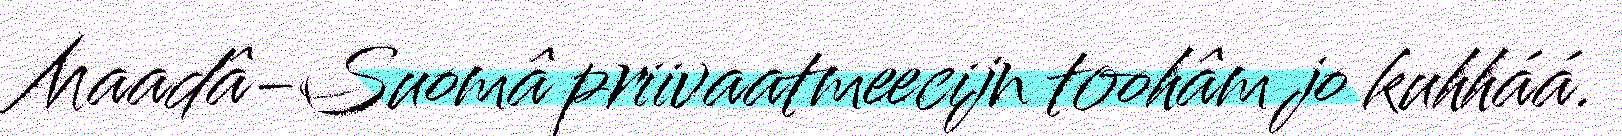
Maadâ-Suomâ priivaatmeecijn toohâm jo kuhháá.